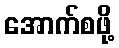
အောက်စဖို့